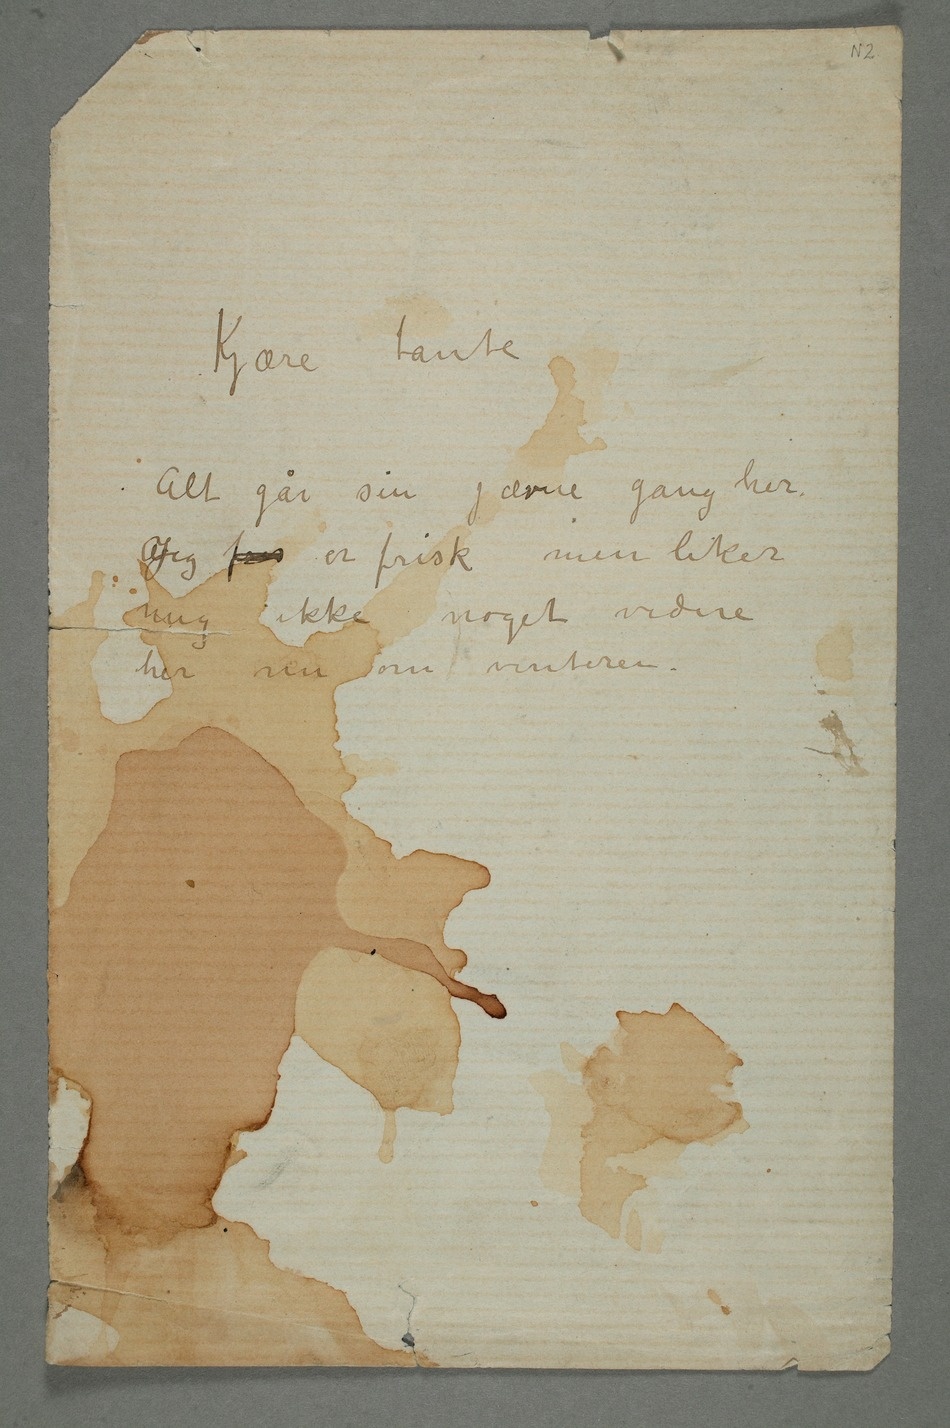
Kjære tante
Alt går sin jævne gang her.
AJeg fris er frisk men liker